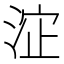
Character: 𱦬